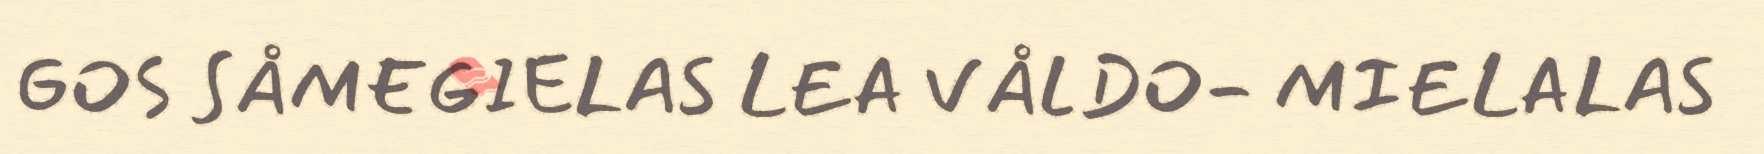
GOS SÅMEGIELAS LEA VÅLDO- MIELALAS